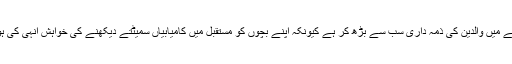
اس سلسلے میں والدین کی ذمہ داری سب سے بڑھ کر ہے کیونکہ اپنے بچوں کو مستقبل میں کامیابیاں سمیٹتے دیکھنے کی خواہش انہی کی ہوتی ہے۔